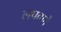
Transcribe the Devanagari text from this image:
लपवणे